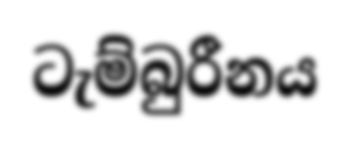
ටැම්බුරීනය